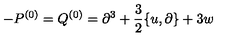
- P ^ { ( 0 ) } = Q ^ { ( 0 ) } = \partial ^ { 3 } + \frac { 3 } { 2 } \{ u , \partial \} + 3 w